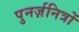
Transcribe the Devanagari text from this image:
पुनर्ज़नित्रों